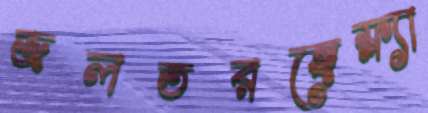
জলতরঙ্গেফ্ল্যা